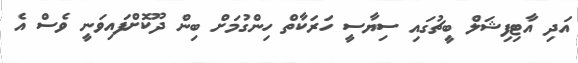
އަދި އާޓިފިޝަލް ބީޗުގައި ސިޔާސީ ހަރަކާތް ހިންގުމަށް ބިން ދޫކޮށްފައިވަނީ ވެސް އެ